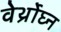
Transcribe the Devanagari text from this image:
वेर्थ्रोघ्न